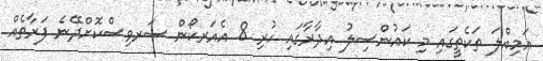
އަމިއްލަ ތަކެތީގައި މި ކައުންސިލު އިދާރާގައި ހުރި 8 އެއަރކޯން ސަރވިސްކޮށްދޭނެ ފަރާތެއް